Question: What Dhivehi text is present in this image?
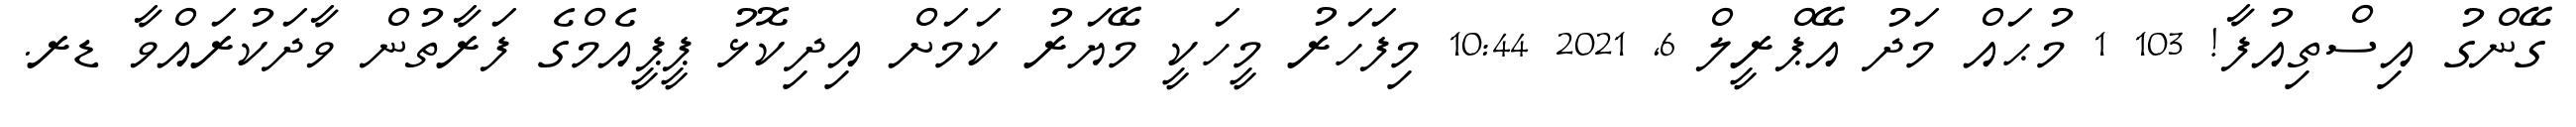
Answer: ގޭންގު އިސްތިއުފާ! 103 1 މުޙައް މަދު އޭޕްރީލް 6, 2021 10:44 މިފަހަރު މީހަކީ މޭޔަރު ކަމަށް އިދިކޮޅު ޕީޕީއެމްގެ ފަރާތުން ވާދަކުރައްވާ ޑރ.